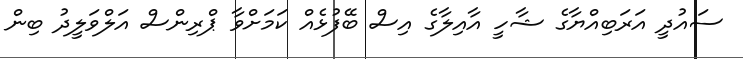
ސައުދީ އަރަބިއްޔާގެ ޝާހީ އާއިލާގެ އިސް ބޭފުޅެއް ކަމަށްވާ ޕްރިންސް އަލްވަލީދު ބިން